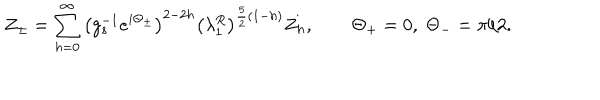
Z _ { \pm } = \sum _ { h = 0 } ^ { \infty } \left( g _ { s } ^ { - 1 } e ^ { i \Theta _ { \pm } } \right) ^ { 2 - 2 h } \left( \lambda _ { 1 } ^ { R } \right) ^ { { \frac { 5 } { 2 } } ( 1 - h ) } Z _ { h } , \qquad \Theta _ { + } = 0 , \; \Theta _ { - } = \pi / 2 .